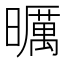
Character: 曞